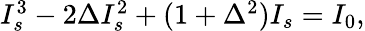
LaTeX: \begin{array}{r}{I_{s}^{3}-2\Delta I_{s}^{2}+(1+\Delta^{2})I_{s}=I_{0},}\end{array}